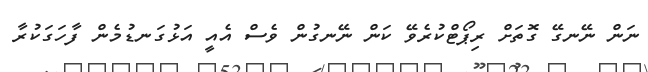
ނަން ނޭނގޭ ގޮތަށް ރިޕޯޓްކުރެވޭ ކަން ނޭނގުން ވެސް އެއީ އަޅުގަނޑުމެން ފާހަގަކުރާ